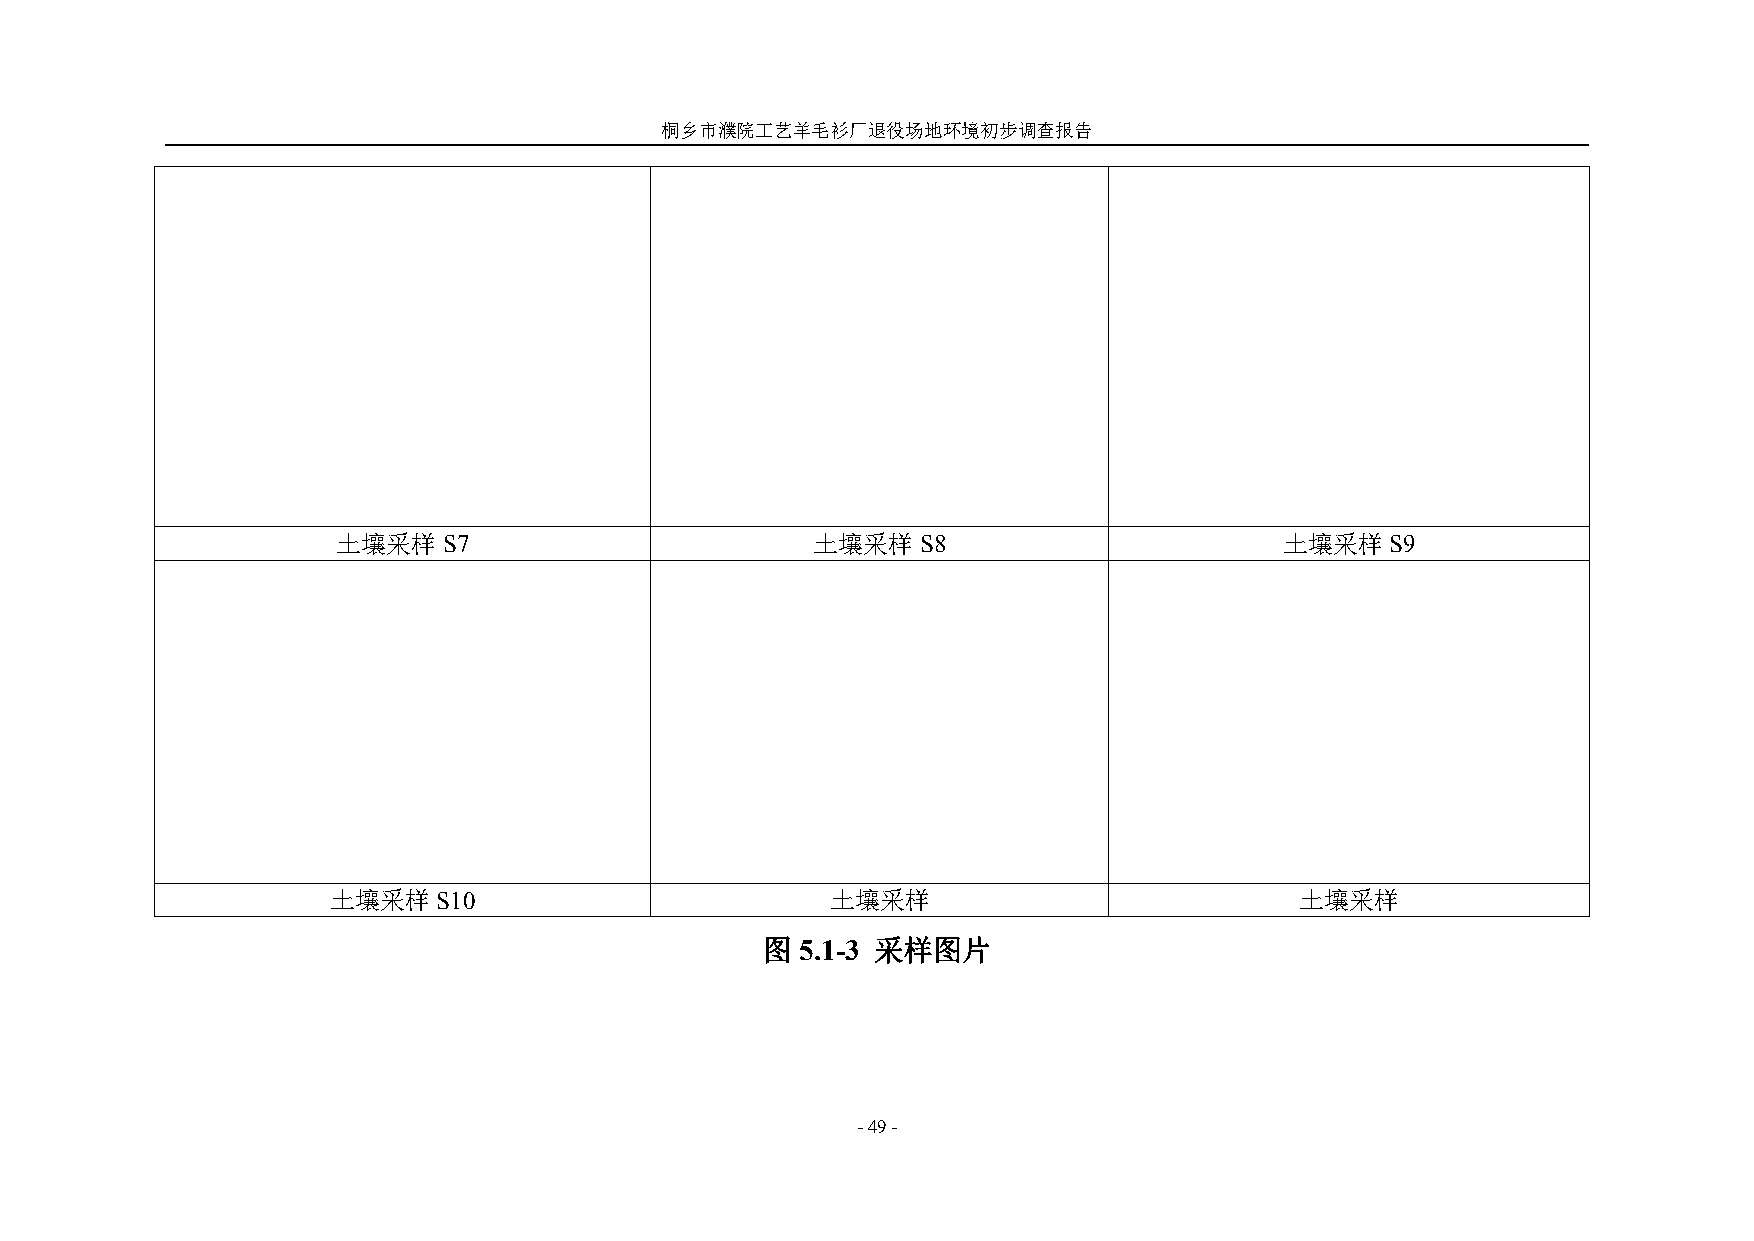
桐乡市濮院工艺羊毛衫厂退役场地环境初步调查报告
 土壤采样S7                          土壤采样S8                         土壤采样S9
 土壤采样S10                          土壤采样                           土壤采样
 图  5.1-3 采样图片
 -49-